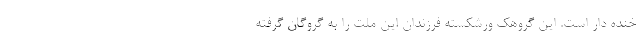
خنده دار است. این گروهک ورشکسته فرزندان این ملت را به گروگان گرفته